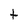
Character: t